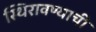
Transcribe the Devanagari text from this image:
स्थिरावण्याची